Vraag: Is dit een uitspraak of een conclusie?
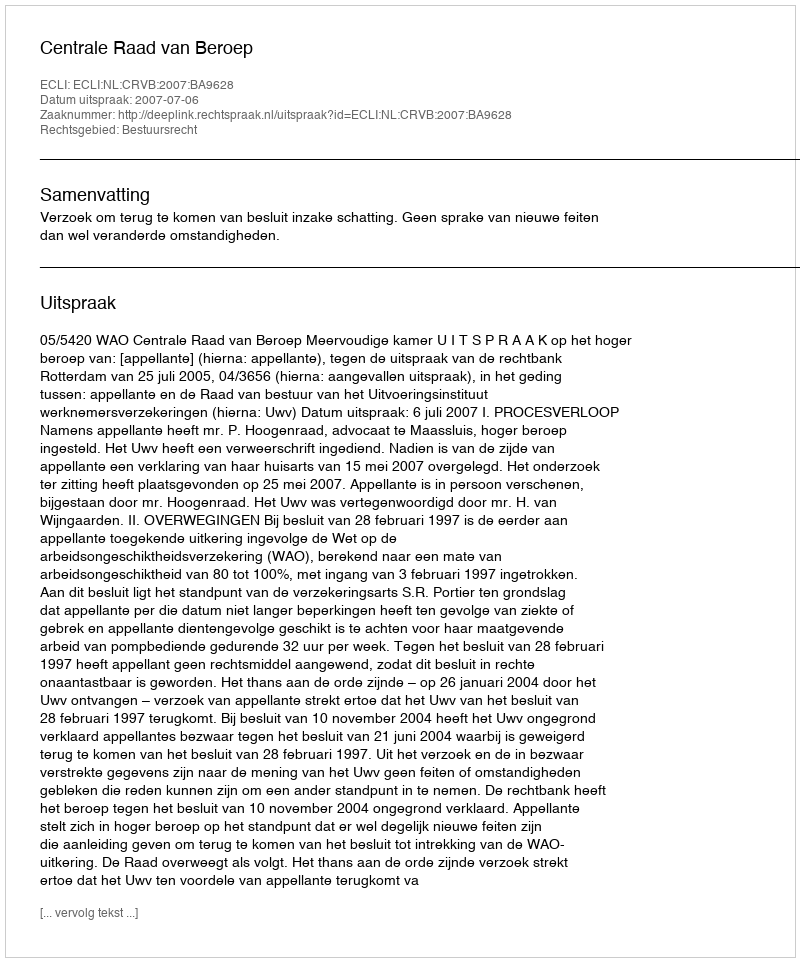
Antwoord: Uitspraak